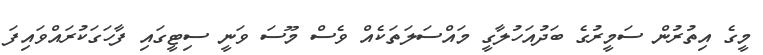
މީގެ އިތުރުން ސަމީރުގެ ބަދުއަހުލާގީ މައްސަލަތަކެއް ވެސް މޫސަ ވަނީ ސިޓީގައި ފާހަގަކުރައްވައިފަ